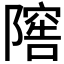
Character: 𨻴